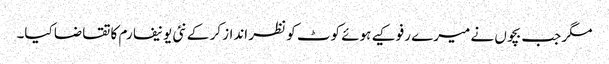
مگر جب بچوں نے میرے رفو کیے ہوئے کوٹ کو نظر انداز کر کے نئی یونیفارم کا تقاضا کیا۔